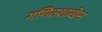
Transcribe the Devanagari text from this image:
गणितशाखेस